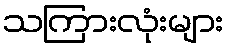
သကြားလုံးများ